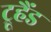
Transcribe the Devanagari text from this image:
ट्रूहैंड